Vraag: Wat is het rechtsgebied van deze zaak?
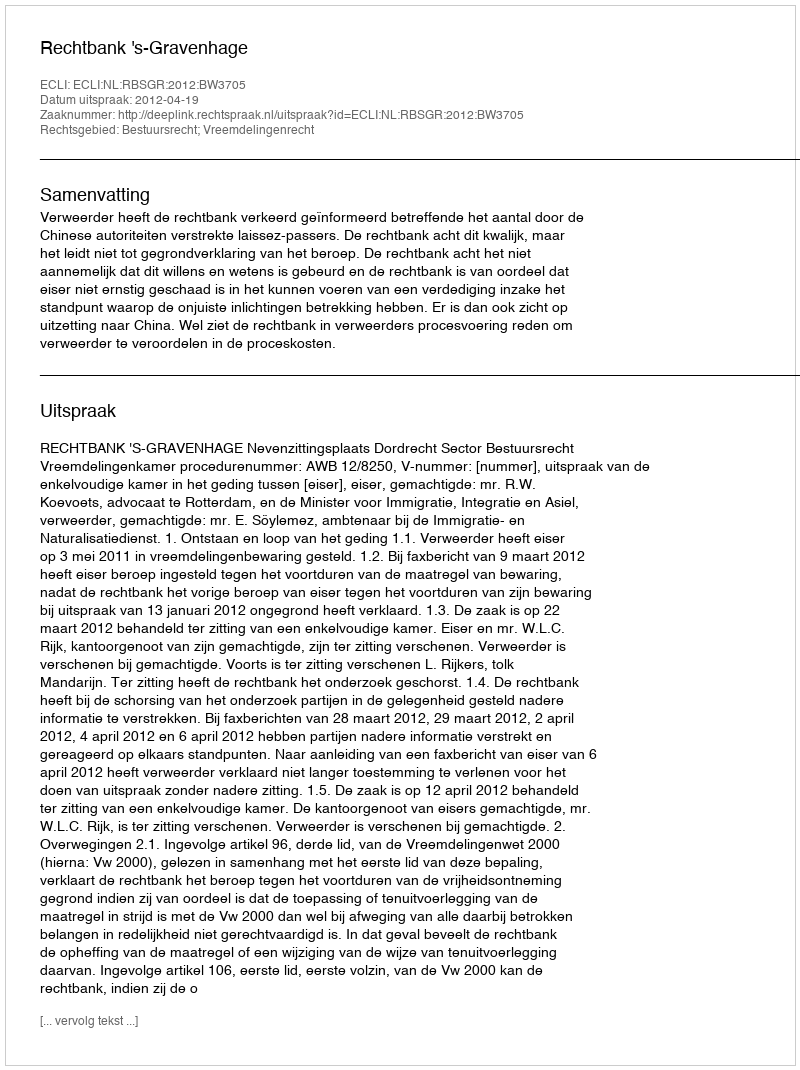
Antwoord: Bestuursrecht; Vreemdelingenrecht